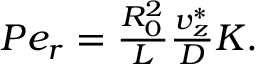
\begin{array} { r } { P e _ { r } = \frac { R _ { 0 } ^ { 2 } } { L } \frac { v _ { z } ^ { * } } { D } K . } \end{array}